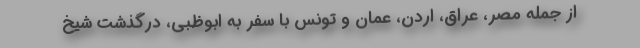
از جمله مصر، عراق، اردن، عمان و تونس با سفر به ابوظبی، درگذشت شیخ